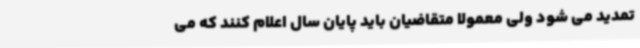
تمدید می شود ولی معمولا متقاضیان باید پایان سال اعلام کنند که می‌